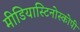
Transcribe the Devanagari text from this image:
मीडियास्टिनोस्कोपी